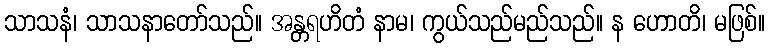
သာသနံ၊ သာသနာတော်သည်။ အန္တရဟိတံ နာမ၊ ကွယ်သည်မည်သည်။ န ဟောတိ၊ မဖြစ်။